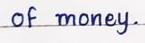
of money.